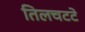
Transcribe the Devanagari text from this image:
तिलचटटे